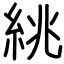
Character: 絩